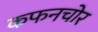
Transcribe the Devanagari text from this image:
कफनचोर